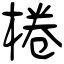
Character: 棬